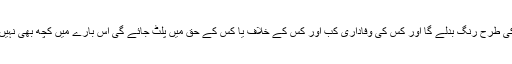
کون سا لیڈر کس وقت گرگٹ کی طرح رنگ بدلے گا اور کس کی وفاداری کب اور کس کے خلاف یا کس کے حق میں پلٹ جائے گی اس بارے میں کچھ بھی نہیں کہا یا اندازہ لگایا جا سکتا ہے۔